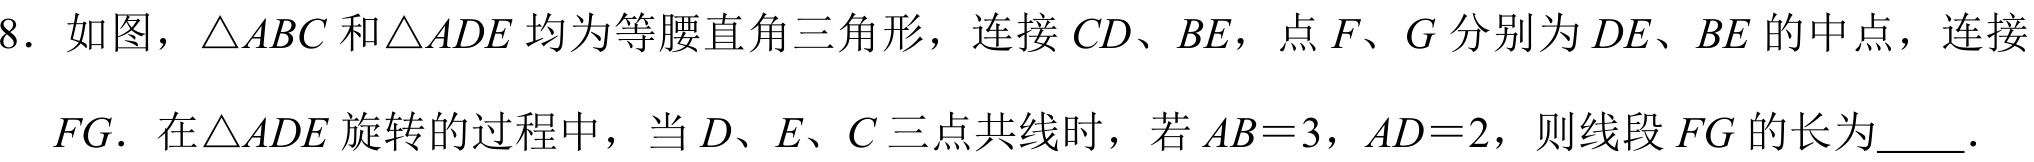
8. 如图，$\triangle ABC$和$\triangle ADE$均为等腰直角三角形，连接$CD$、$BE$，点$F、G$分别为$DE、BE$的中点，连接$FG$．在$\triangle ADE$旋转的过程中，当$D、E、C$三点共线时，若$AB = 3$，$AD = 2$，则线段$FG$的长为  ．